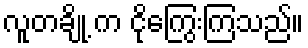
လူတချို့ က ငိုကြွေးကြသည်။